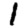
Digit: 1